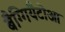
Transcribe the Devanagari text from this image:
बैग्गियैटोआ